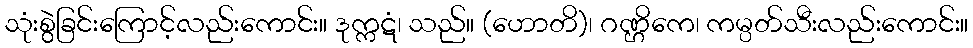
သုံးစွဲခြင်းကြောင့်လည်းကောင်း။ ဒုက္ကဋံ၊ သည်။ (ဟောတိ)၊ ဂဏ္ဌိကေ၊ ကမ္ပတ်သီးလည်းကောင်း။